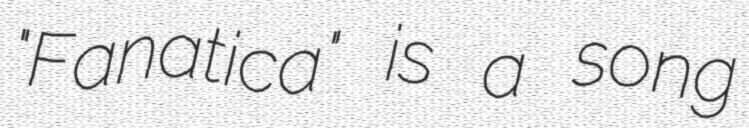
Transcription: "Fanatica" is a song